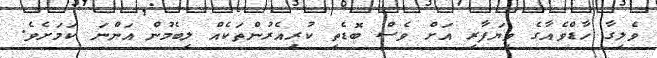
ވެލިގާ ހާޑްވެއާގެ ވިޔަފާރި އަށް ވެސް ބޮޑެތި ކުރިއެރުންތަކެއް ލިބެމުން އަންނަ ކަމަށެވެ.